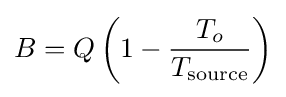
B=Q\left(1-{\frac {T_{o}}{T_{\text{source}}}}\right)